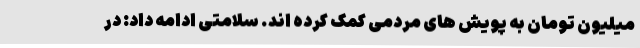
میلیون تومان به پویش های مردمی کمک کرده اند. سلامتی ادامه داد: در